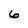
Character: 6